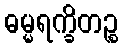
ဓမ္မရက္ခိတဉ္စ